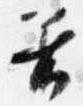
着